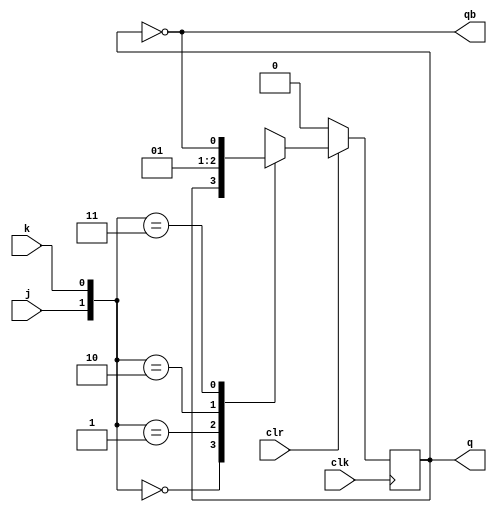
module jk_ff_sky130(j,k,clk,clr,q,qb);
	input clk,clr,j,k;
	output reg q;
	output qb;
	
	always @(posedge clk) begin
		if (~clr)
			q<=0;
		else begin
			case({j,k})
				2'b00 : q<=q;
				2'b01 : q<=0;
				2'b10 : q<=1;
				2'b11 : q<=~q;
			endcase
		end
	end
	assign qb = ~q;
endmodule